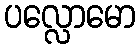
ပလ္လောမော